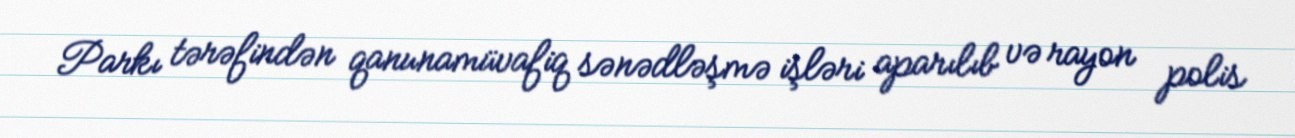
Parkı tərəfindən qanunamüvafiq sənədləşmə işləri aparılıb və rayon polis